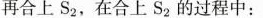
再合上S_{2}，在合上S_{2}的过程中：